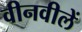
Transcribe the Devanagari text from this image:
वीनवीलें